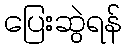
ပြေးဆွဲရန်